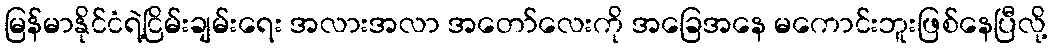
မြန်မာနိုင်ငံရဲ့ငြိမ်းချမ်းရေး အလားအလာ အတော်လေးကို အခြေအနေ မကောင်းဘူးဖြစ်နေပြီလို့